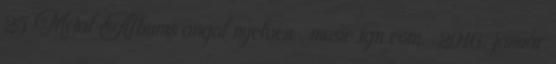
25 Metal Albums angol nyelven . music.ign.com. 2016. január